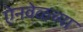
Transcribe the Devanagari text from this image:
ऐनवेळच्या